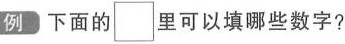
例 下面的\Box里可以填哪些数字？